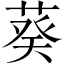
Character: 葵